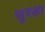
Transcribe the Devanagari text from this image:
स्रुरक्षा